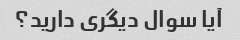
آیا سوال دیگری دارید؟